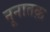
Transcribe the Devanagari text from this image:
नूनातक़